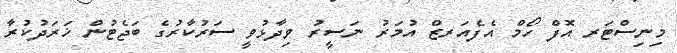
މިނިސްޓަރ އޮފް ހޯމް އެފެއަރޒް އުމަރު ނަސީރު ވިދާޅުވީ ސަރުކާރުގެ ބަޖެޓުން ޚަރަދުކުރާ